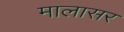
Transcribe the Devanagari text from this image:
मालासर